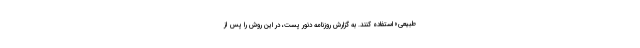
طبیعی» استفاده کنند. به گزارش روزنامه دنور پست، در این روش را پس از